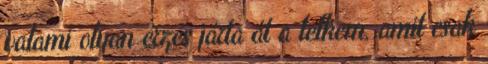
valami olyan érzés járta át a lelkem, amit csak